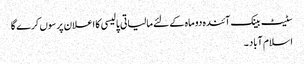
سٹیٹ بینک آئندہ دو ماہ کے لئے مالیاتی پالیسی کا اعلان پرسوں کرے گا
اسلام آباد ۔